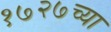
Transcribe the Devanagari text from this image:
१७२७च्या